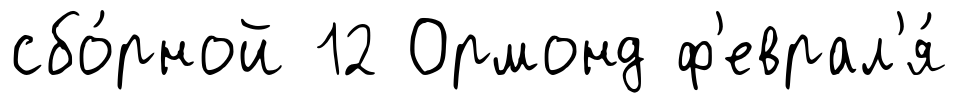
сбо́рной 12 Ормонд ф'еврал'я́